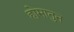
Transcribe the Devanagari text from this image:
होमातुन